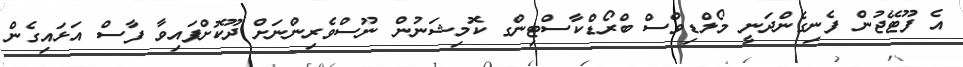
އެ ފޫޓޭޖުން ފެނިގެންދަނީ މޯލްޑިވްސް ބްރޯޑްކާސްޓިންގ ކޮމިޝަނުން ނޫސްވެރިންނަށް ދޫކޮށްފައިވާ ފާސް އަޅައިގެން